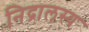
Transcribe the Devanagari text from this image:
निद्रालस्य